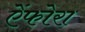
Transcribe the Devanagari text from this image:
ऐंफोरा